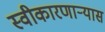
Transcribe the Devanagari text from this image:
स्वीकारणार्‍यास